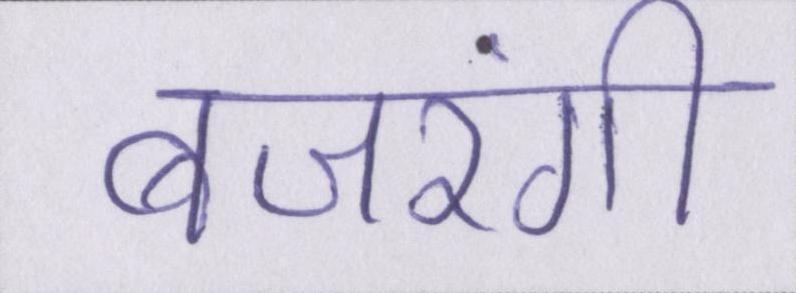
बजरंगी